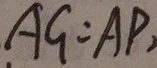
A G = A P ,